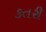
કતરી